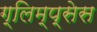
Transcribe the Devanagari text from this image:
ग्लिम्प्सेस